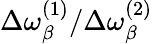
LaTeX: \Delta\omega_{\beta}^{(1)}/\Delta\omega_{\beta}^{(2)}